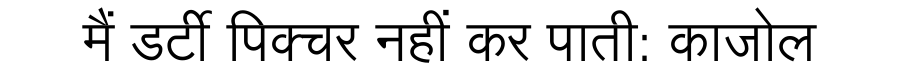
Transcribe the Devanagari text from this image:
मैं डर्टी पिक्चर नहीं कर पाती: काजोल